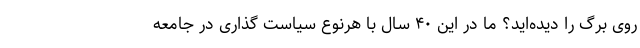
روی برگ را دیده‌اید؟ ما در این ۴۰ سال با هرنوع سیاست گذاری در جامعه